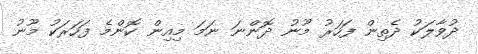
ދުވާލަކު ދެތިން ފަހަރު މޫނު ދޮންނަ ނަމަ މިއިން ކޮންމެ ފަހަރަކު މޫނު